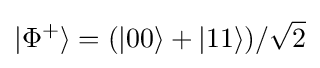
|\Phi ^{+}\rangle =(|00\rangle +|11\rangle )/{\sqrt {2}}